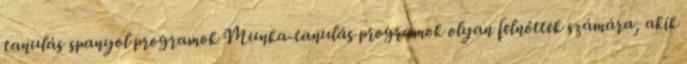
tanulás spanyol programok Munka-tanulás programok olyan felnőttek számára, akik